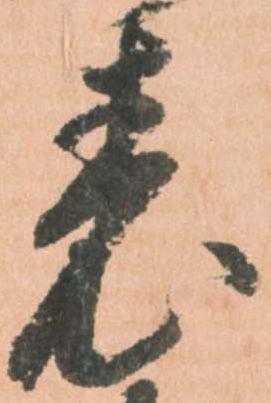
表